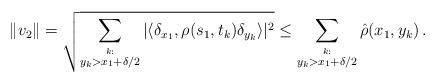
LaTeX: \begin{align*}\| v_2 \| = \sqrt{ \sum_{\stackrel{k :}{ y_k > x_1+ \delta/2}} | \langle \delta_{x_1}, \rho(s_1,t_k) \delta_{y_k} \rangle |^2 } \leq \sum_{\stackrel{k :}{ y_k > x_1 + \delta/2}}\hat \rho(x_1,y_k) \, . \end{align*}